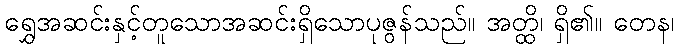
ရွှေအဆင်းနှင့်တူသောအဆင်းရှိသောပုဇွန်သည်။ အတ္ထိ၊ ရှိ၏။ တေန၊